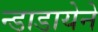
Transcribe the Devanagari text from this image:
न्डाडायेने